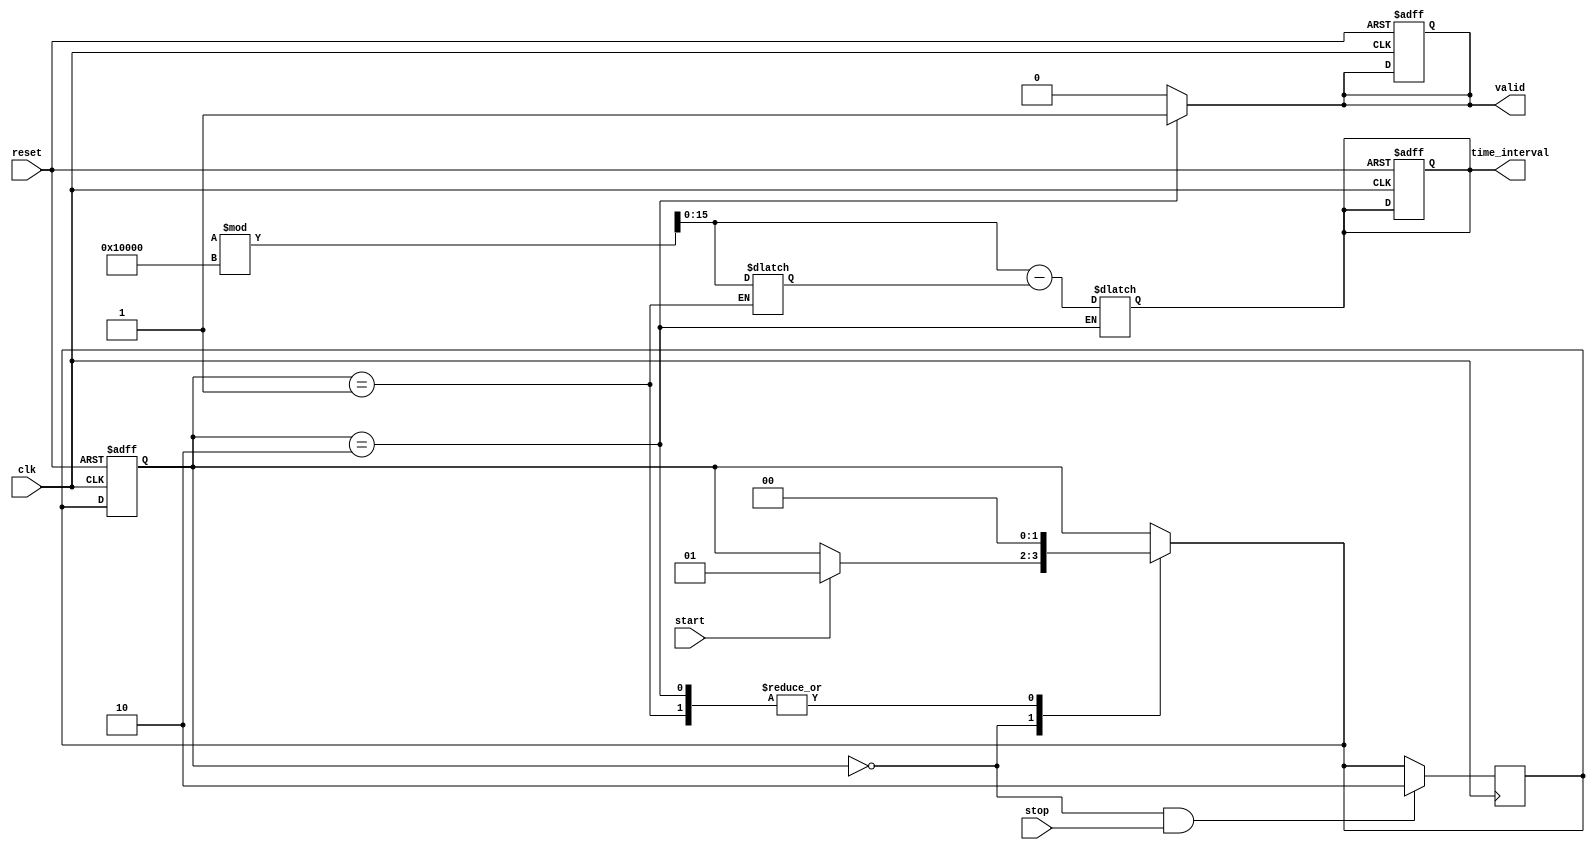
module TDC (
    input wire clk,          // Synchronized clock signal
    input wire reset,        // Active high reset signal
    input wire start,        // Start event signal
    input wire stop,         // Stop event signal
    output reg [15:0] time_interval, // Output time interval (16-bit)
    output reg valid         // Output valid signal
);

// Internal registers for timestamps
reg [15:0] start_timestamp;
reg [15:0] stop_timestamp;

// State definitions for the TDC control logic
localparam IDLE = 2'b00,
           STAMP_START = 2'b01,
           STAMP_STOP = 2'b10;

reg [1:0] current_state, next_state;

// Sequential logic for state transitions
always @(posedge clk or posedge reset) begin
    if (reset) begin
        current_state <= IDLE;
        time_interval <= 16'b0;
        valid <= 1'b0;
    end else begin
        current_state <= next_state;
    end
end

// Combinational logic for next state and event detection
always @(*) begin
    next_state = current_state;
    valid = 1'b0;  // Default valid output

    case (current_state)
        IDLE: begin
            if (start) begin
                next_state = STAMP_START;
            end
        end

        STAMP_START: begin
            start_timestamp = $time % 65536; // Assume $time returns system time in clock cycles
            next_state = IDLE; // Return to idle after capturing start
        end

        STAMP_STOP: begin
            stop_timestamp = $time % 65536; // Capture stop timestamp
            time_interval = stop_timestamp - start_timestamp; // Calculate time interval
            valid = 1'b1; // Valid output as interval is calculated
            next_state = IDLE; // Return to idle after storing results
        end
    endcase
end

// Event detection for stop signal
always @(posedge clk) begin
    if (current_state == IDLE && stop) begin
        next_state = STAMP_STOP;
    end
end

endmodule